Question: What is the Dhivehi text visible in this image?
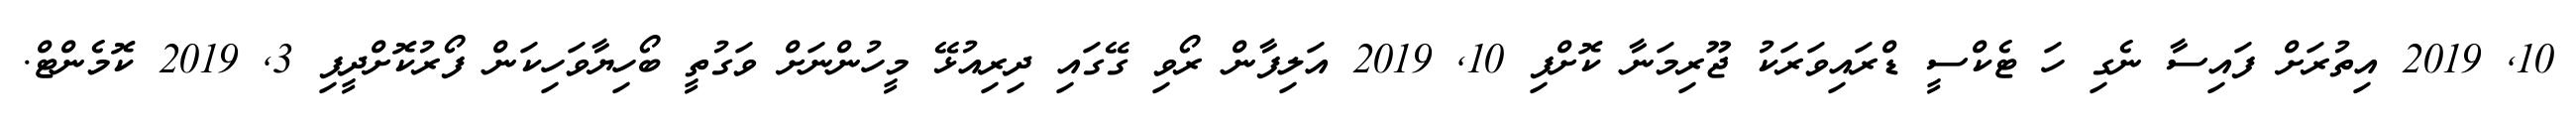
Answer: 10, 2019 އިތުރަށް ފައިސާ ނެގި ހަ ޓެކްސީ ޑްރައިވަރަކު ޖޫރިމަނާ ކޮށްފި 10, 2019 އަލިފާން ރޯވި ގޭގައި ދިރިއުޅޭ މީހުންނަށް ވަގުތީ ބޯހިޔާވަހިކަން ފޯރުކޮށްދީފި 3, 2019 ކޮމެންޓް.